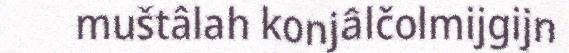
muštâlah konjâlčolmijgijn